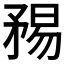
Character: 𥍴